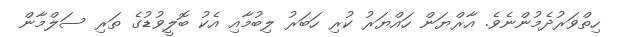
ހިތްވަރުދެމުންނެވެ. އާރްޔަން ހައްޔަރު ކުރި ހަބަރު ލިބުމާއި އެކު ބޮލީވުޑުގެ ތަރި ސަލްމާން